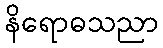
နိရောဓသညာ